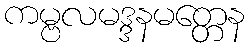
ကမ္ဗလမဒ္ဒနမတ္တေန